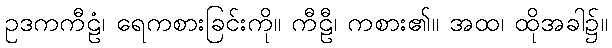
ဥဒကကီဠံ၊ ရေကစားခြင်းကို။ ကီဠီ၊ ကစား၏။ အထ၊ ထိုအခါ၌။